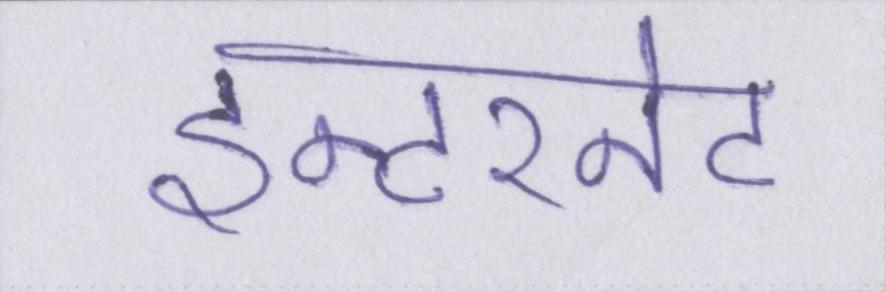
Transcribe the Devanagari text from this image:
इन्टरनेट